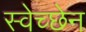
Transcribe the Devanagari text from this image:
स्वेच्छेन